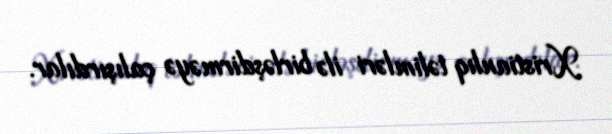
Xristianlıq təlimləri ilə birləşdirməyə çalışırdılar.